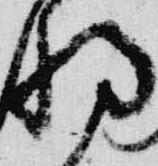
将